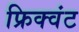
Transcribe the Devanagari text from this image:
फ्रिक्वंट